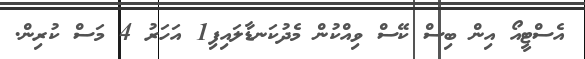
އެސްޓީއޯ އިން ބިސް ކޭސް ވިއްކުން މެދުކަނޑާލައިފި1 އަހަރު 4 މަސް ކުރިން.